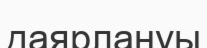
даярлануы